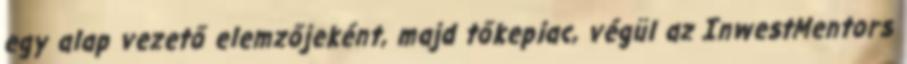
egy alap vezető elemzőjeként, majd tőkepiac, végül az InwestMentors